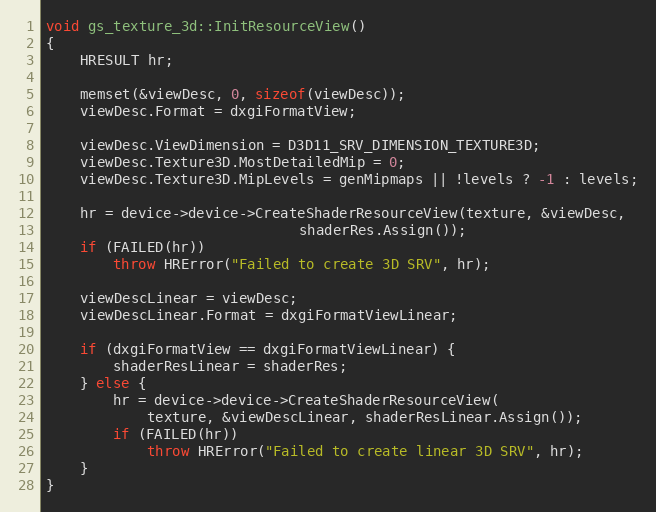
Language: C++
void gs_texture_3d::InitResourceView()
{
	HRESULT hr;

	memset(&viewDesc, 0, sizeof(viewDesc));
	viewDesc.Format = dxgiFormatView;

	viewDesc.ViewDimension = D3D11_SRV_DIMENSION_TEXTURE3D;
	viewDesc.Texture3D.MostDetailedMip = 0;
	viewDesc.Texture3D.MipLevels = genMipmaps || !levels ? -1 : levels;

	hr = device->device->CreateShaderResourceView(texture, &viewDesc,
						      shaderRes.Assign());
	if (FAILED(hr))
		throw HRError("Failed to create 3D SRV", hr);

	viewDescLinear = viewDesc;
	viewDescLinear.Format = dxgiFormatViewLinear;

	if (dxgiFormatView == dxgiFormatViewLinear) {
		shaderResLinear = shaderRes;
	} else {
		hr = device->device->CreateShaderResourceView(
			texture, &viewDescLinear, shaderResLinear.Assign());
		if (FAILED(hr))
			throw HRError("Failed to create linear 3D SRV", hr);
	}
}